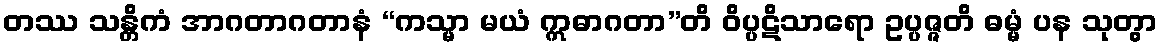
တဿ သန္တိကံ အာဂတာဂတာနံ “ကသ္မာ မယံ ဣဓာဂတာ”တိ ဝိပ္ပဋိသာရော ဥပ္ပဇ္ဇတိ ဓမ္မံ ပန သုတွာ